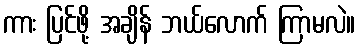
ကား ပြင်ဖို့ အချိန် ဘယ်လောက် ကြာမလဲ။